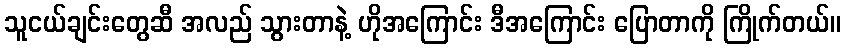
သူငယ်ချင်းတွေဆီ အလည် သွားတာနဲ့ ဟိုအကြောင်း ဒီအကြောင်း ပြောတာကို ကြိုက်တယ်။